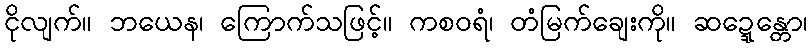
ငိုလျက်။ ဘယေန၊ ကြောက်သဖြင့်။ ကစဝရံ၊ တံမြက်ချေးကို။ ဆဍ္ဍေန္တော၊